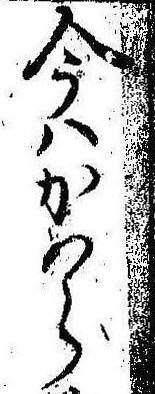
今はかはら